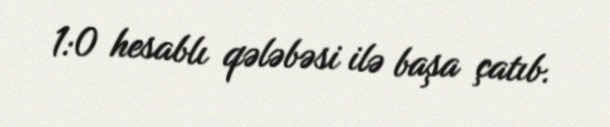
1:0 hesablı qələbəsi ilə başa çatıb.